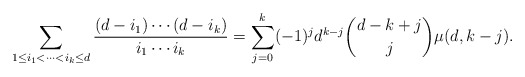
\begin{align*}\sum_{1\leq i_1<\dots<i_k\leq d}\frac{(d-i_1)\cdots(d-i_k)}{i_1\cdots i_k}=\sum_{j=0}^{k}(-1)^j d^{k-j}\binom{d-k+j}{j}\mu(d,k-j).\end{align*}